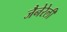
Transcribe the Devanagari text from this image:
जैनेरेली